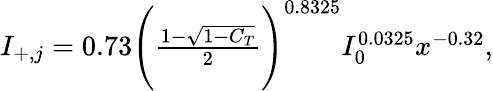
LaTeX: \begin{array}{r}{I_{+,j}=0.73\Bigg(\frac{1-\sqrt{1-C_{T}}}{2}\Bigg)^{0.8325}I_{0}^{0.0325}x^{-0.32},}\end{array}